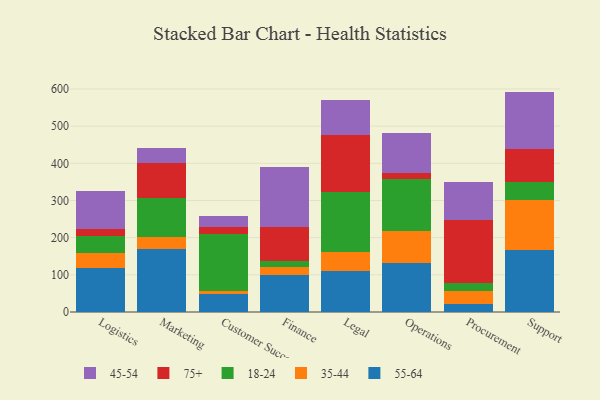
{"axis": {"x": "Department", "y": "Market Share (%)"}, "legend": ["18-24", "35-44", "45-54", "55-64", "75+"], "data": [{"x": "Logistics", "y": 118.5, "type": "55-64"}, {"x": "Logistics", "y": 40.1, "type": "35-44"}, {"x": "Logistics", "y": 46.2, "type": "18-24"}, {"x": "Logistics", "y": 19.1, "type": "75+"}, {"x": "Logistics", "y": 101.2, "type": "45-54"}, {"x": "Marketing", "y": 168.6, "type": "55-64"}, {"x": "Marketing", "y": 33.6, "type": "35-44"}, {"x": "Marketing", "y": 104.1, "type": "18-24"}, {"x": "Marketing", "y": 93.7, "type": "75+"}, {"x": "Marketing", "y": 40.4, "type": "45-54"}, {"x": "Customer Success", "y": 49.1, "type": "55-64"}, {"x": "Customer Success", "y": 6.5, "type": "35-44"}, {"x": "Customer Success", "y": 155.4, "type": "18-24"}, {"x": "Customer Success", "y": 18.0, "type": "75+"}, {"x": "Customer Success", "y": 29.8, "type": "45-54"}, {"x": "Finance", "y": 99.2, "type": "55-64"}, {"x": "Finance", "y": 21.7, "type": "35-44"}, {"x": "Finance", "y": 15.7, "type": "18-24"}, {"x": "Finance", "y": 91.4, "type": "75+"}, {"x": "Finance", "y": 162.7, "type": "45-54"}, {"x": "Legal", "y": 110.1, "type": "55-64"}, {"x": "Legal", "y": 51.7, "type": "35-44"}, {"x": "Legal", "y": 162.4, "type": "18-24"}, {"x": "Legal", "y": 152.2, "type": "75+"}, {"x": "Legal", "y": 94.6, "type": "45-54"}, {"x": "Operations", "y": 130.6, "type": "55-64"}, {"x": "Operations", "y": 87.7, "type": "35-44"}, {"x": "Operations", "y": 139.4, "type": "18-24"}, {"x": "Operations", "y": 16.0, "type": "75+"}, {"x": "Operations", "y": 107.8, "type": "45-54"}, {"x": "Procurement", "y": 21.1, "type": "55-64"}, {"x": "Procurement", "y": 35.2, "type": "35-44"}, {"x": "Procurement", "y": 20.6, "type": "18-24"}, {"x": "Procurement", "y": 171.4, "type": "75+"}, {"x": "Procurement", "y": 101.9, "type": "45-54"}, {"x": "Support", "y": 165.6, "type": "55-64"}, {"x": "Support", "y": 135.6, "type": "35-44"}, {"x": "Support", "y": 48.7, "type": "18-24"}, {"x": "Support", "y": 88.9, "type": "75+"}, {"x": "Support", "y": 154.2, "type": "45-54"}]}